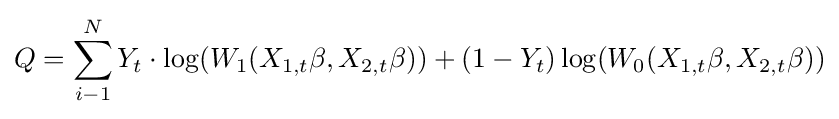
Q=\sum _{i-1}^{N}Y_{t}\cdot \log(W_{1}(X_{1,t}\beta ,X_{2,t}\beta ))+(1-Y_{t})\log(W_{0}(X_{1,t}\beta ,X_{2,t}\beta ))